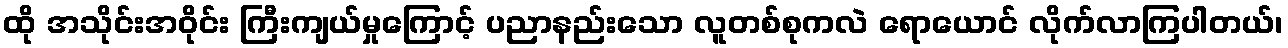
ထို အသိုင်းအဝိုင်း ကြီးကျယ်မှုကြောင့် ပညာနည်းသော လူတစ်စုကလဲ ရောယောင် လိုက်လာကြပါတယ်၊